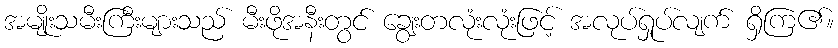
အမျိုးသမီးကြီးများသည် မီးဖိုအနီးတွင် ချွေးတလုံးလုံးဖြင့် အလုပ်ရှုပ်လျက် ရှိကြ၏။